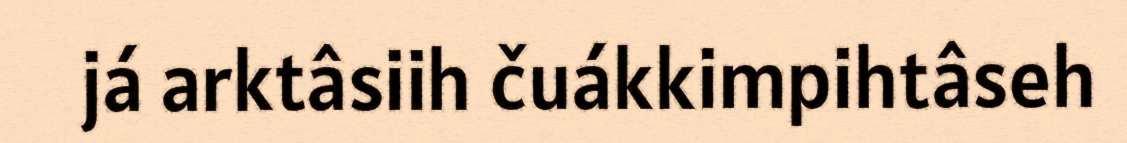
já arktâsiih čuákkimpihtâseh